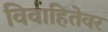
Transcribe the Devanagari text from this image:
विवाहितेवर